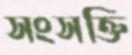
সংসক্তি